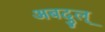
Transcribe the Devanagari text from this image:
अबदुल्